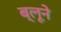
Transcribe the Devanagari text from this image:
ब्लूने